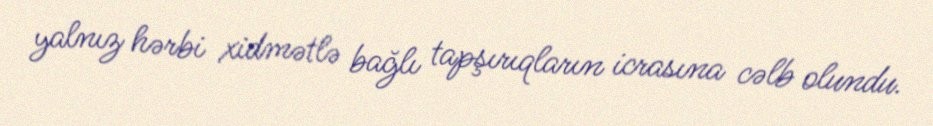
yalnız hərbi xidmətlə bağlı tapşırıqların icrasına cəlb olundu.